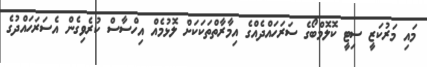
މައި މަރުކަޒީ ސިޓީ ކޮލޮމްބޯގެ ސަރަހައްދެއްގެ އިމާރާތްތަކަކަށް ލޮޅުމެއް އިހްސާސް ކުރެވިގެން އެސަރަހައްދުގެ